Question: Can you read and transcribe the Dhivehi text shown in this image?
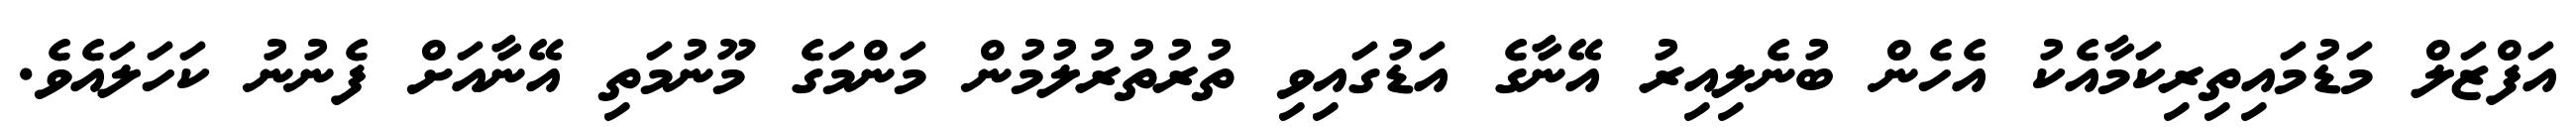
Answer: އަފްޒަލް މަޑުމައިތިރިކަމާއެކު އެހެން ބުނެލިއިރު އޭނާގެ އަޑުގައިވި ތުރުތުރުލުމުން މަންމަގެ މޫނުމަތި އޭނާއަށް ފެނުނު ކަހަލައެވެ.